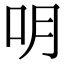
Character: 𠯲